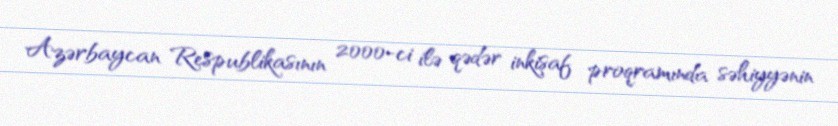
Azərbaycan Respublikasının 2000-ci ilə qədər inkişaf proqramında səhiyyənin